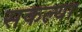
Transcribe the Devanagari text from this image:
सकल्या